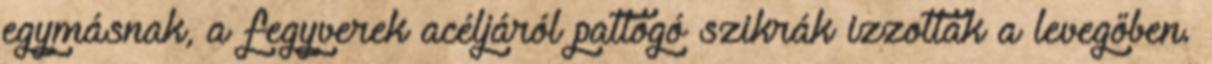
egymásnak, a fegyverek acéljáról pattogó szikrák izzottak a levegőben.